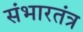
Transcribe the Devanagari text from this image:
संभारतंत्र